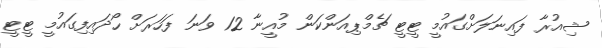
ޝިއުރާ ފައިނަލަށްގައުމީ ޓީޓީ ޗެމްޕިއަންކަން މުއީނާ 12 ވަނަ ފަހަރަށް ހޯދައިފިގައުމީ ޓީޓީ